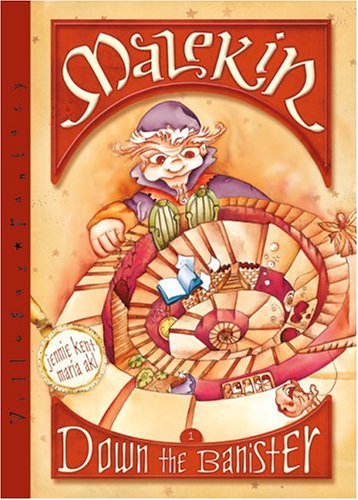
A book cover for Down the Banister: Tales of Fairies and Elves; Maria Villegas; Children's Books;